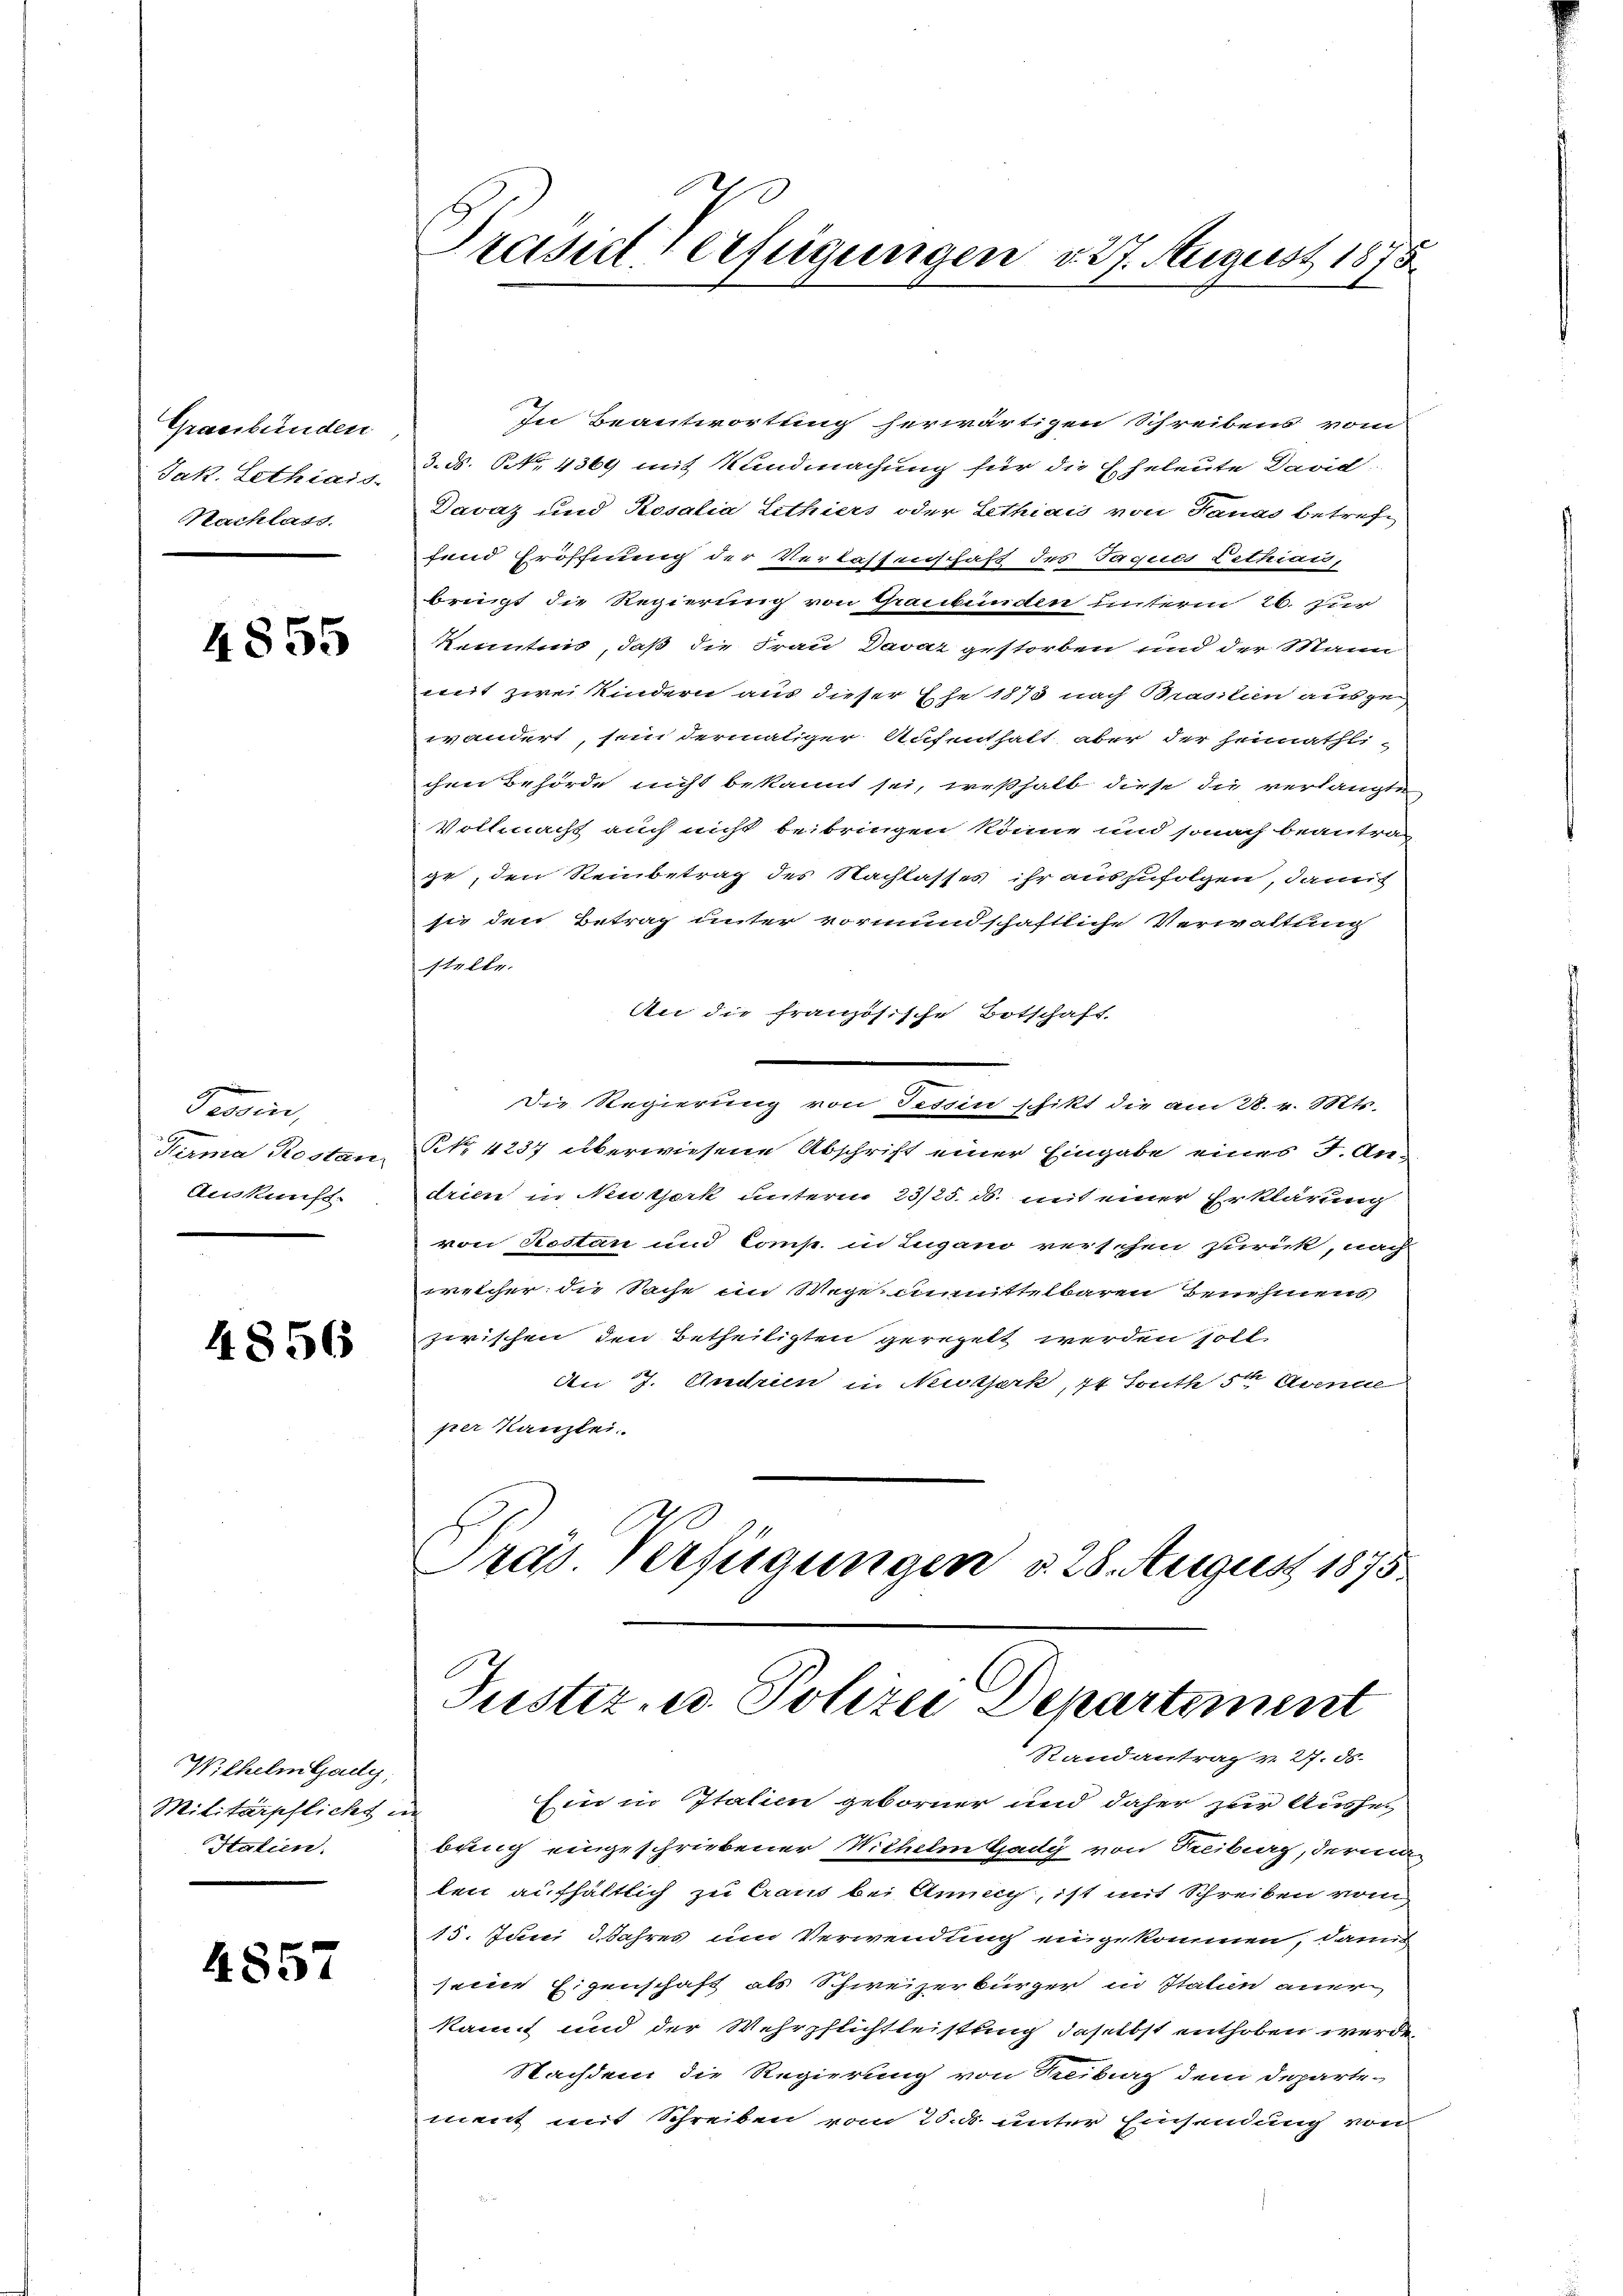
Graubünden
Jak. Lethiais
Nachlass.

4855

Tessin,
Tirma Rostanz
Auskunft.

4856

Wilhelm Gady,
Militärpflicht
Hatien.

4857

Prasse Verfügungen v. 27. August 1875

In Beantwortung herwärtigen Schreibens vom
3. ds. No. 4369 mit Kundmachung für die Eheleute David
Davaz und Rosalia Lethiers oder Lethias von Sanad betreff
fend Eröffnung der Verlassenschaft des Tagels Lethian,
bringt die Regierung von Graubünden unterm 26. Jur
kenntnis, daß die Frau Davat gestorben und der Mann
mit zwei Kindern aus dieser Ehe 1878 nach Brasilien ausgewändert, sein dermaliger Aufenthalt, aber der Heimathlichen Behörde nicht bekannt sei, weßhalb diese die verlangte
Vollmacht auch nicht beibringen könne und sonach beantrag
ge, den Reinbetrag des Nachlasses ihr auszufolgen, damit
sie den Betrag unter vormundschaftliche Verwaltung
stelle.
An die französische Botschaft
Die Regierung von Tessin schikt die am 28. v. Mts.
NNo. 4237 überwiesene Abschrift einer Eingabe eines J. Andrien in Nutzerk unterm 23/25. ds. mit einer Erklärung
von Restan und Comp. in Lugano verschen zurück, nach
welcher die Sache im Wege unmittelbaren Benehmens
zwischen den Betheiligten geregelt werden soll
An 7. Andrin in Niesserk, 14 South den Abende
prer Kanzlei.
Präs. Verfügungen d. 28. August 1875.

Justiz- u. Polizei Departement
Randantrag v. 27. ds.

Ein in Italien geborner und daher zur Aushei-
bring eingeschriebener Wilhelm Gady von Freiburg, derma
ten aufhältlich zu Crand bei Annach, ist mit Schreiben vom
15. Juni 2 Jahres um Verwendung eingekommen, dann
seine Eigenschaft als Schweizerbürger in Italien aner
kannt und der Wehrpflichtleistung, daselbst enthoben werde.
Nachdem die Regierung von Reibung dem Departement mit Schreiben vom 25. d. unter Einsendung von